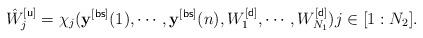
LaTeX: \begin{align*}\hat{W}^{[{\sf u}]}_j=\chi_j(\mathbf{y}^{[{\sf bs}]}(1),\cdots,\mathbf{y}^{[{\sf bs}]}(n),W_1^{[{\sf d}]},\cdots,W_{N_1}^{[{\sf d}]}) j\in[1:N_2]. \end{align*}